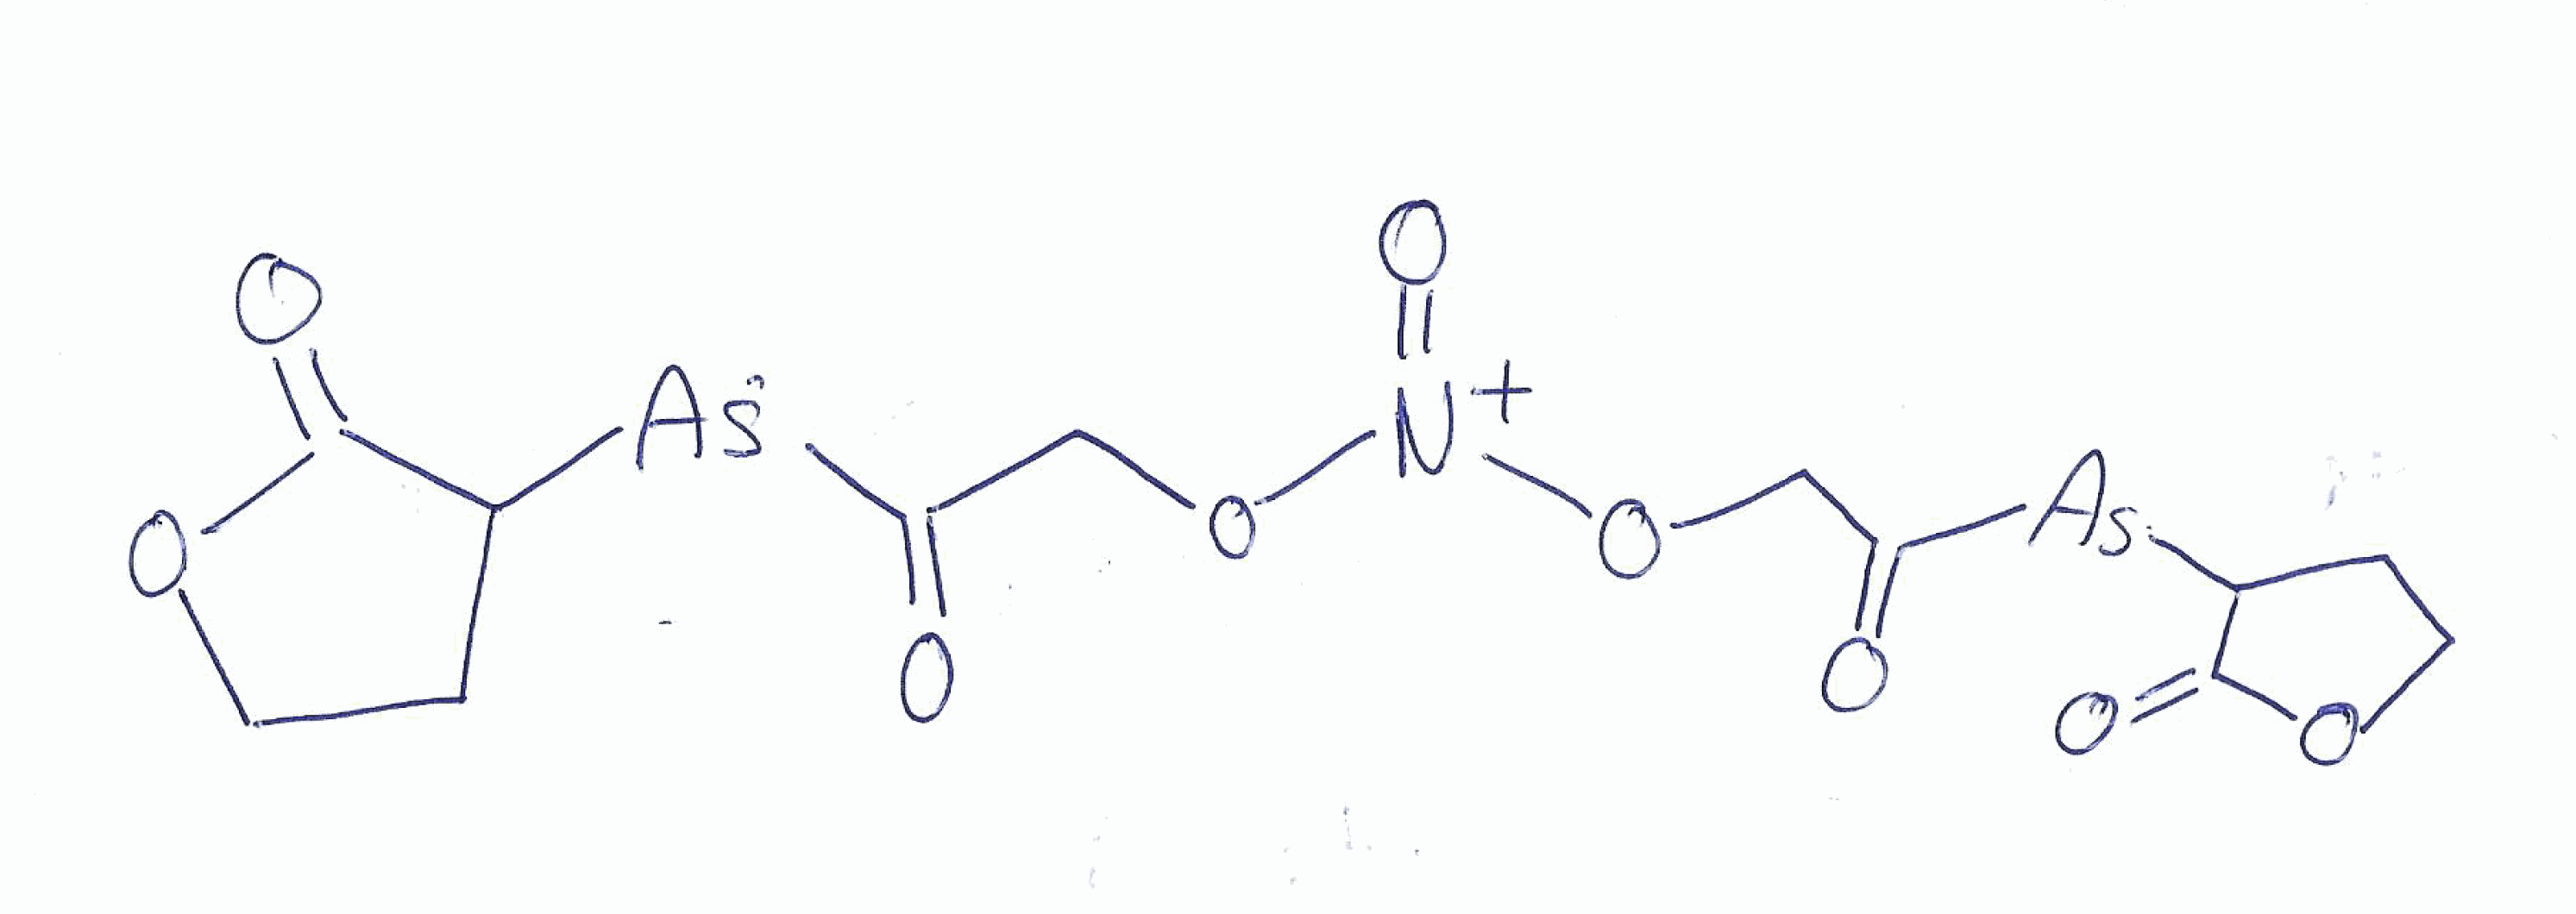
Simplified molecular-input line-entry system (SMILES) notation of the given molecule:
C1COC(=O)C1[As]C(=O)CO[N+](=O)OCC(=O)[As]C2CCOC2=O